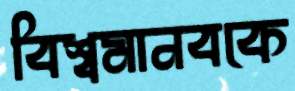
বিশ্বমানবকে